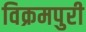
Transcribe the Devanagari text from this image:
विक्रमपुरी